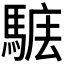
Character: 𩣴